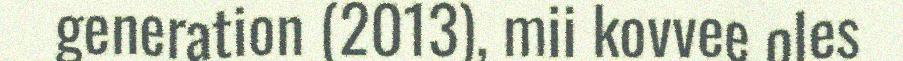
generation (2013), mii kovvee oles